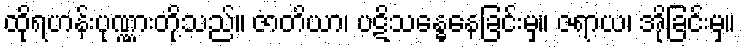
ထိုရဟန်းပုဏ္ဏားတို့သည်။ ဇာတိယာ၊ ပဋိသန္ဓေနေခြင်းမှ။ ဇရာယ၊ အိုခြင်းမှ။